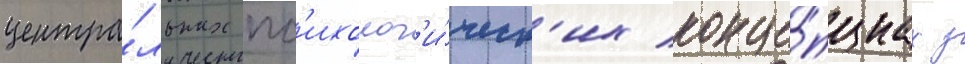
центра́льных пс'ихолог'и́ческ'их конце́пциах з